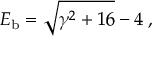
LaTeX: E _ { \mathrm { b } } = \sqrt { \gamma \sp 2 + 1 6 } - 4 \; ,